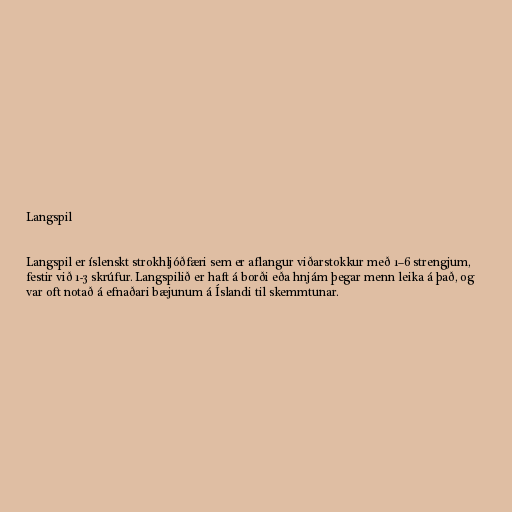
Langspil

Langspil er íslenskt strokhljóðfæri sem er aflangur viðarstokkur með 1–6 strengjum,
festir við 1-3 skrúfur. Langspilið er haft á borði eða hnjám þegar menn leika á það, og
var oft notað á efnaðari bæjunum á Íslandi til skemmtunar.